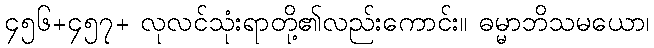
၄၅၆+၄၅၇+ လုလင်သုံးရာတို့၏လည်းကောင်း။ ဓမ္မာဘိသမယော၊